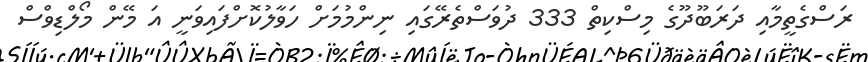
ރަސްގެތީމާއި ދަރަބޫދޫގެ މިސްކިތް 333 ދުވަސްތެރޭގައި ނިންމުމަށް ހަވާލުކޮށްފައިވަނީ އަ މޭން މޯލްޑިވްސް